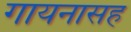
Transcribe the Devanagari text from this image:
गायनासह